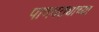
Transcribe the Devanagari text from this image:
पाणवठ्याच्‍या